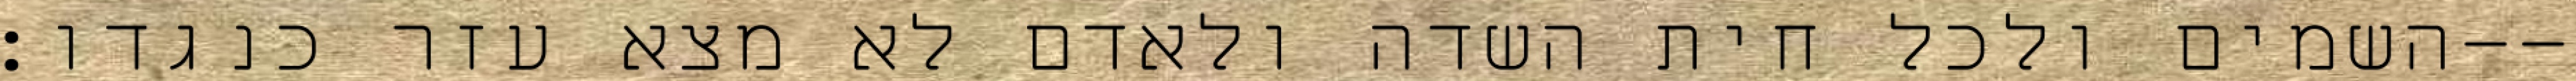
השמים ולכל חית השדה ולאדם לא מצא עזר כנגדו׃--